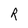
Character: R